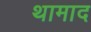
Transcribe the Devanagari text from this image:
थामाद